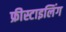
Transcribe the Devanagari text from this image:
फ्रीस्टाइलिंग